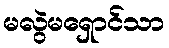
မလွဲမရှောင်သာ